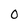
Character: 0